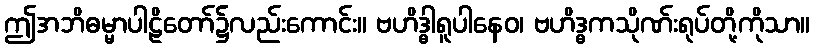
ဤအဘိဓမ္မာပါဠိတော်၌လည်းကောင်း။ ဗဟိဒ္ဓါရူပါနေဝ၊ ဗဟိဒ္ဓကသိုဏ်းရုပ်တို့ကိုသာ။